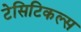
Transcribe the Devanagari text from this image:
टेसिटिकल्स